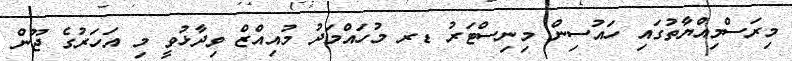
މިރަސްމިއްޔާތުގައި ހައުސިން މިނިސްޓަރު ޑރ މުހައްމަދު މުއިއްޒް ވިދާޅުވީ މި އަހަރުގެ ޖޫން